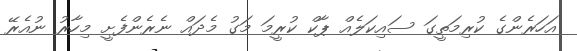
އަހަރެންގެ ކުރިމަތީގަ ސައިކަލެއް ޕާކް ކުރީމަ މަގު މެދައް ނެރެންފެށީ މިހާރު ނުއެރޭ